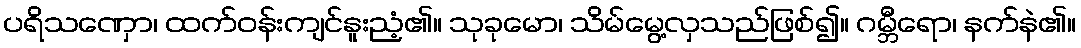
ပရိသဏှော၊ ထက်ဝန်းကျင်နူးညံ့၏။ သုခုမော၊ သိမ်မွေ့လှသည်ဖြစ်၍။ ဂမ္ဘီရော၊ နက်နဲ၏။